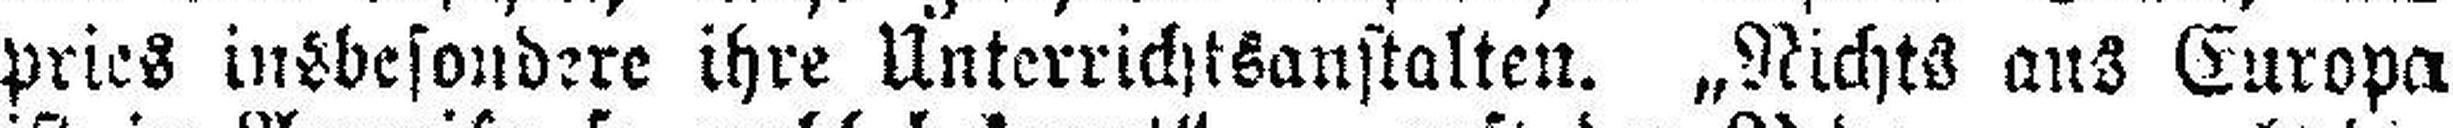
pries insbesondere ihre Unterrichtsanstalten. „Nichts aus Europa